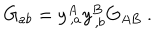
LaTeX: G _ { a b } = y _ { \, , a } ^ { A } y _ { \, , b } ^ { B } G _ { A B } ~ .